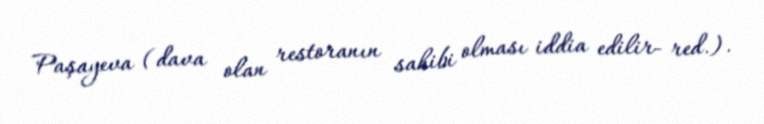
Paşayeva (dava olan restoranın sahibi olması iddia edilir- red.).